Janeda_(Ambla)_vallavalitsus, lk 39
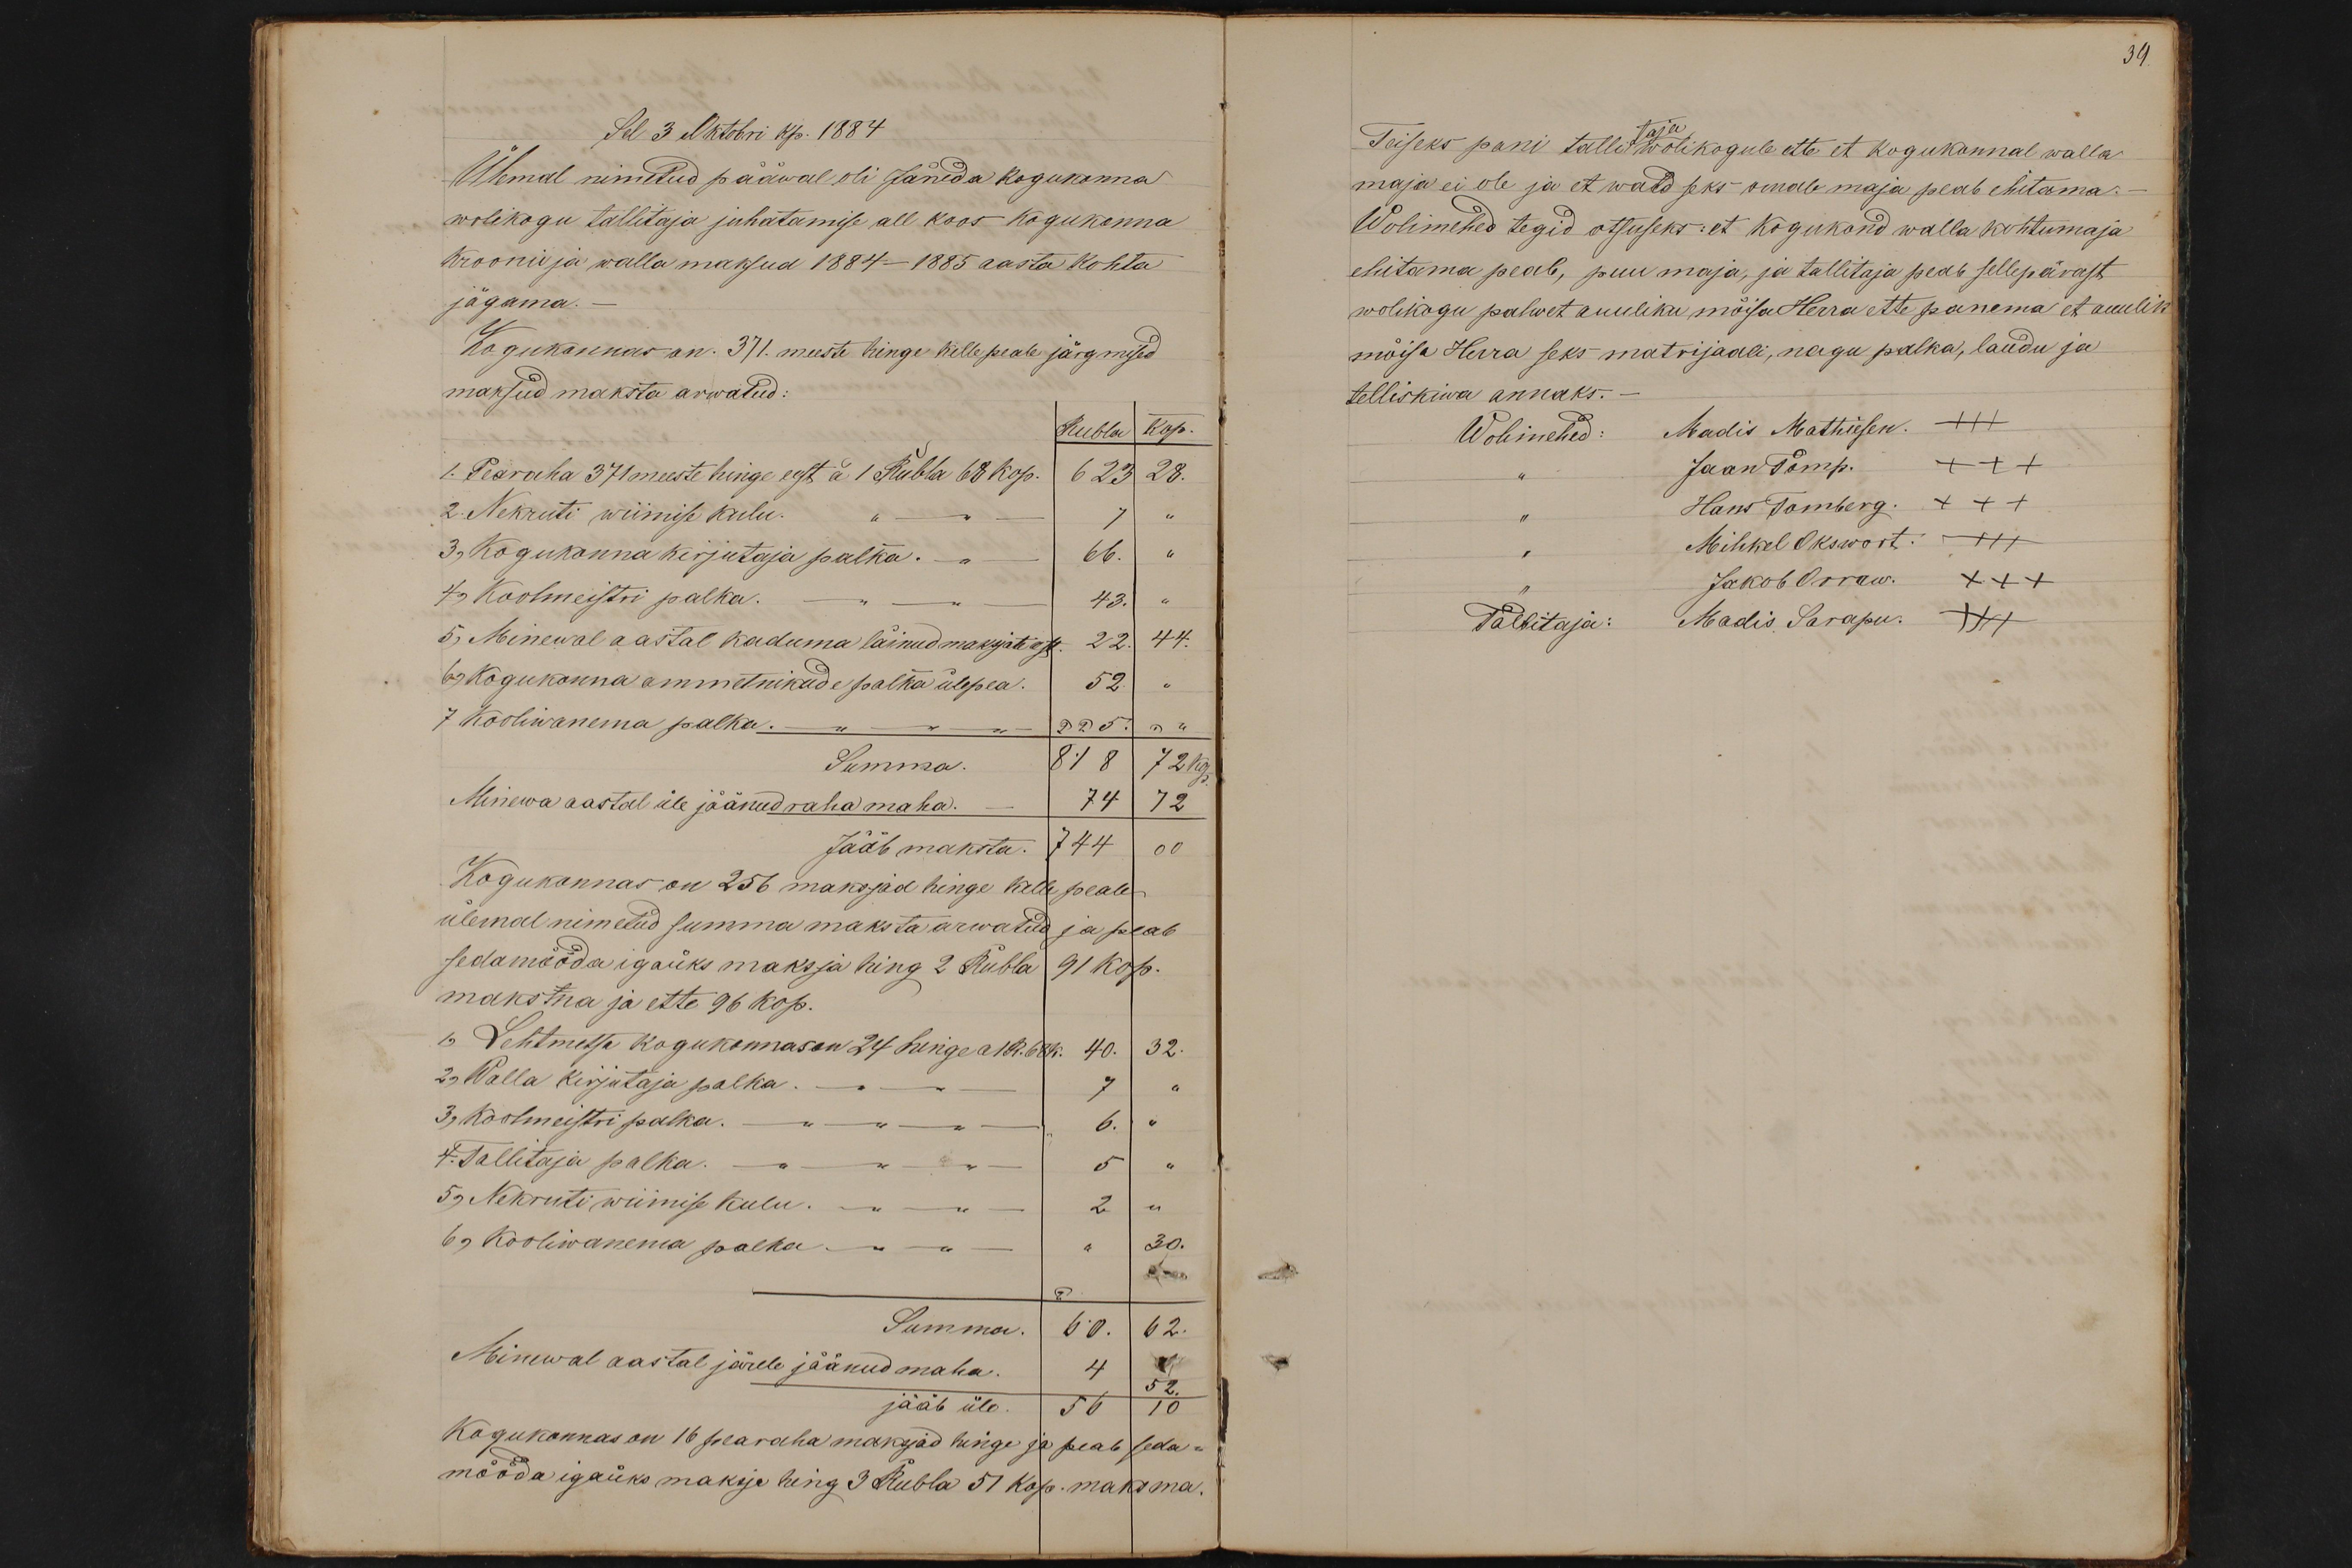
Sel 3 Oktobri kp. 1884
Ülemal nimetud pääwal oli Jäneda kogukonna
wolikogu tallitaja juhatamise all koos kogukonna
kroonu ja walla maksud 1884 - 1885 aasta kohta
jägama.
Kogukonnas on. 371. meeste hinge kelle peale järgmised
maksud maksta arwatud:
Rubla kop.
1. Pearaha 371 meeste hinge eest à 1 Rubla 68 kop. 623 28.
2. Nekruti wiimise kulu. " - " " 7 "
3, Kogukonna kirjutaja palka. - " - 66. "
4, Koolmeistri palka. - " - "- 43. "
5, Minewal aastal kaduma läinud maksjate eest. 22. 44.
6, Kogukonna ammetnikude palka ülepea. 52. "
7 Kooliwanema palka. - " - " - " - 225. "
Summa 818 72 Kop.
Minewa aastal üle jäänud raha maha. - 74 72
Jääb maksta. 744 00
Kogukonnas on 256 maksjad hinge kelle peale
ülemal nimetud summa maksta arwatud ja peab
sedamööda igaüks maksja hing 2 Rubla 91 kop.
maksma ja ette 96 kop.
1, Lehtmetsa kogukonnas on 24 hinge a 1 R. 68 k. 40. 32.
2, Walla kirjutaja palka. - " - " - 7 "
3, Koolmeistri palka. - " - " - " - 6. "
4. Tallitaja palka. - " - " - " - 5 "
5, Nekruti wiimise kulu. - " - " - 2 "
6, Kooliwanema palka - " - " - " 30.
Summa. 60. 62.
Minewal aastal järele jäänud maha. 4 52.
jääb üle. 56 10
Kogukonnas on 16 pearaha maksjad hinge ja peab seda-
mööda igaüks maksja hing 3 Rubla 51 Kop. maksma

39.
Teiseks pani tallitaja wolikogule ette et kogukonnal walla
maja ei ole ja et wald seks omale maja peab ehitama.
Wolimehed tegid otsuseks: et kogukond walla kohtumaja
ehitama peab, puu maja, ja tallitaja peab sellepärast
wolikogu palwet auuliku mõisa Herra ette panema et auulik
mõisa Herra seks matrijaali, nagu palka, laudu ja
telliskiwa annaks.
Wolimehed:
Madis Mathiesen. +++
Jaan Tömp. +++
Hans Tomberg. +++
" Mihkel Okswort. +++
" Jakob Orraw XXX
Tallitaja: Madis Sarapu. +++